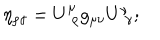
\eta _ { \rho \gamma } = U _ { \, \, \rho } ^ { \mu } g _ { \mu \nu } U _ { \, \, \gamma } ^ { \nu } ;